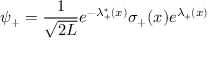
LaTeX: \psi _ { + } = { \frac { 1 } { \sqrt { 2 L } } } e ^ { - \lambda _ { + } ^ { * } ( x ) } \sigma _ { + } ( x ) e ^ { \lambda _ { + } ( x ) }